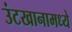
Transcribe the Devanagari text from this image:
उंटखानामध्ये